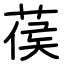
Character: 葔